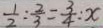
\frac { 1 } { 2 } : \frac { 2 } { 3 } = \frac { 3 } { 4 } : x